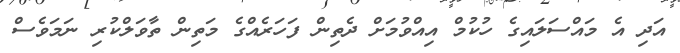
އަދި އެ މައްސަލައިގެ ހުކުމް އިއްވުމަށް ދެތިން ފަހަރެއްގެ މަތިން ތާވަލްކުރި ނަމަވެސް